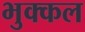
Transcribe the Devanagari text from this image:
भुक्कल